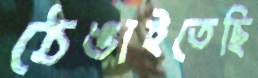
ঠেঙাইতেছি